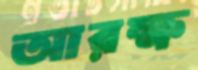
আরক্ষ